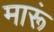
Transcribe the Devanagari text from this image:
मारूं